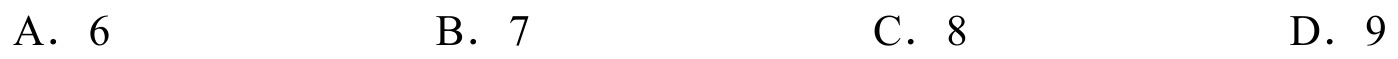
A．\(6\)  \qquad B．\(7\)  \qquad C．\(8\)  \qquad D．\(9\)